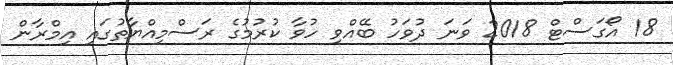
18 އޯގަސްޓް 2018 ވަނަ ދުވަހު ބޭއްވި ހުވާ ކުރުމުގެ ރަސްމިއްޔާތުގައި އިމްރާން